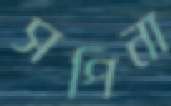
সপিনা